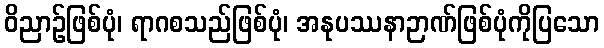
ဝိညာဉ်ဖြစ်ပုံ၊ ရာဂစသည်ဖြစ်ပုံ၊ အနုပဿနာဉာဏ်ဖြစ်ပုံကိုပြသော